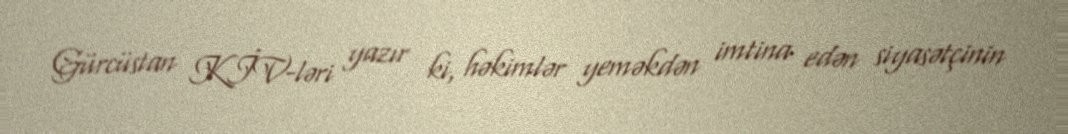
Gürcüstan KİV-ləri yazır ki, həkimlər yeməkdən imtina edən siyasətçinin